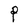
Character: P